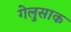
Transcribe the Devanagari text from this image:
गेलुसाक